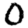
Digit: 0